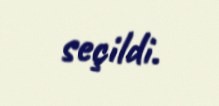
seçildi.